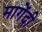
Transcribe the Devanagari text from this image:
मागेंदी